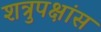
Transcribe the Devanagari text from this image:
शत्रुपक्षांस